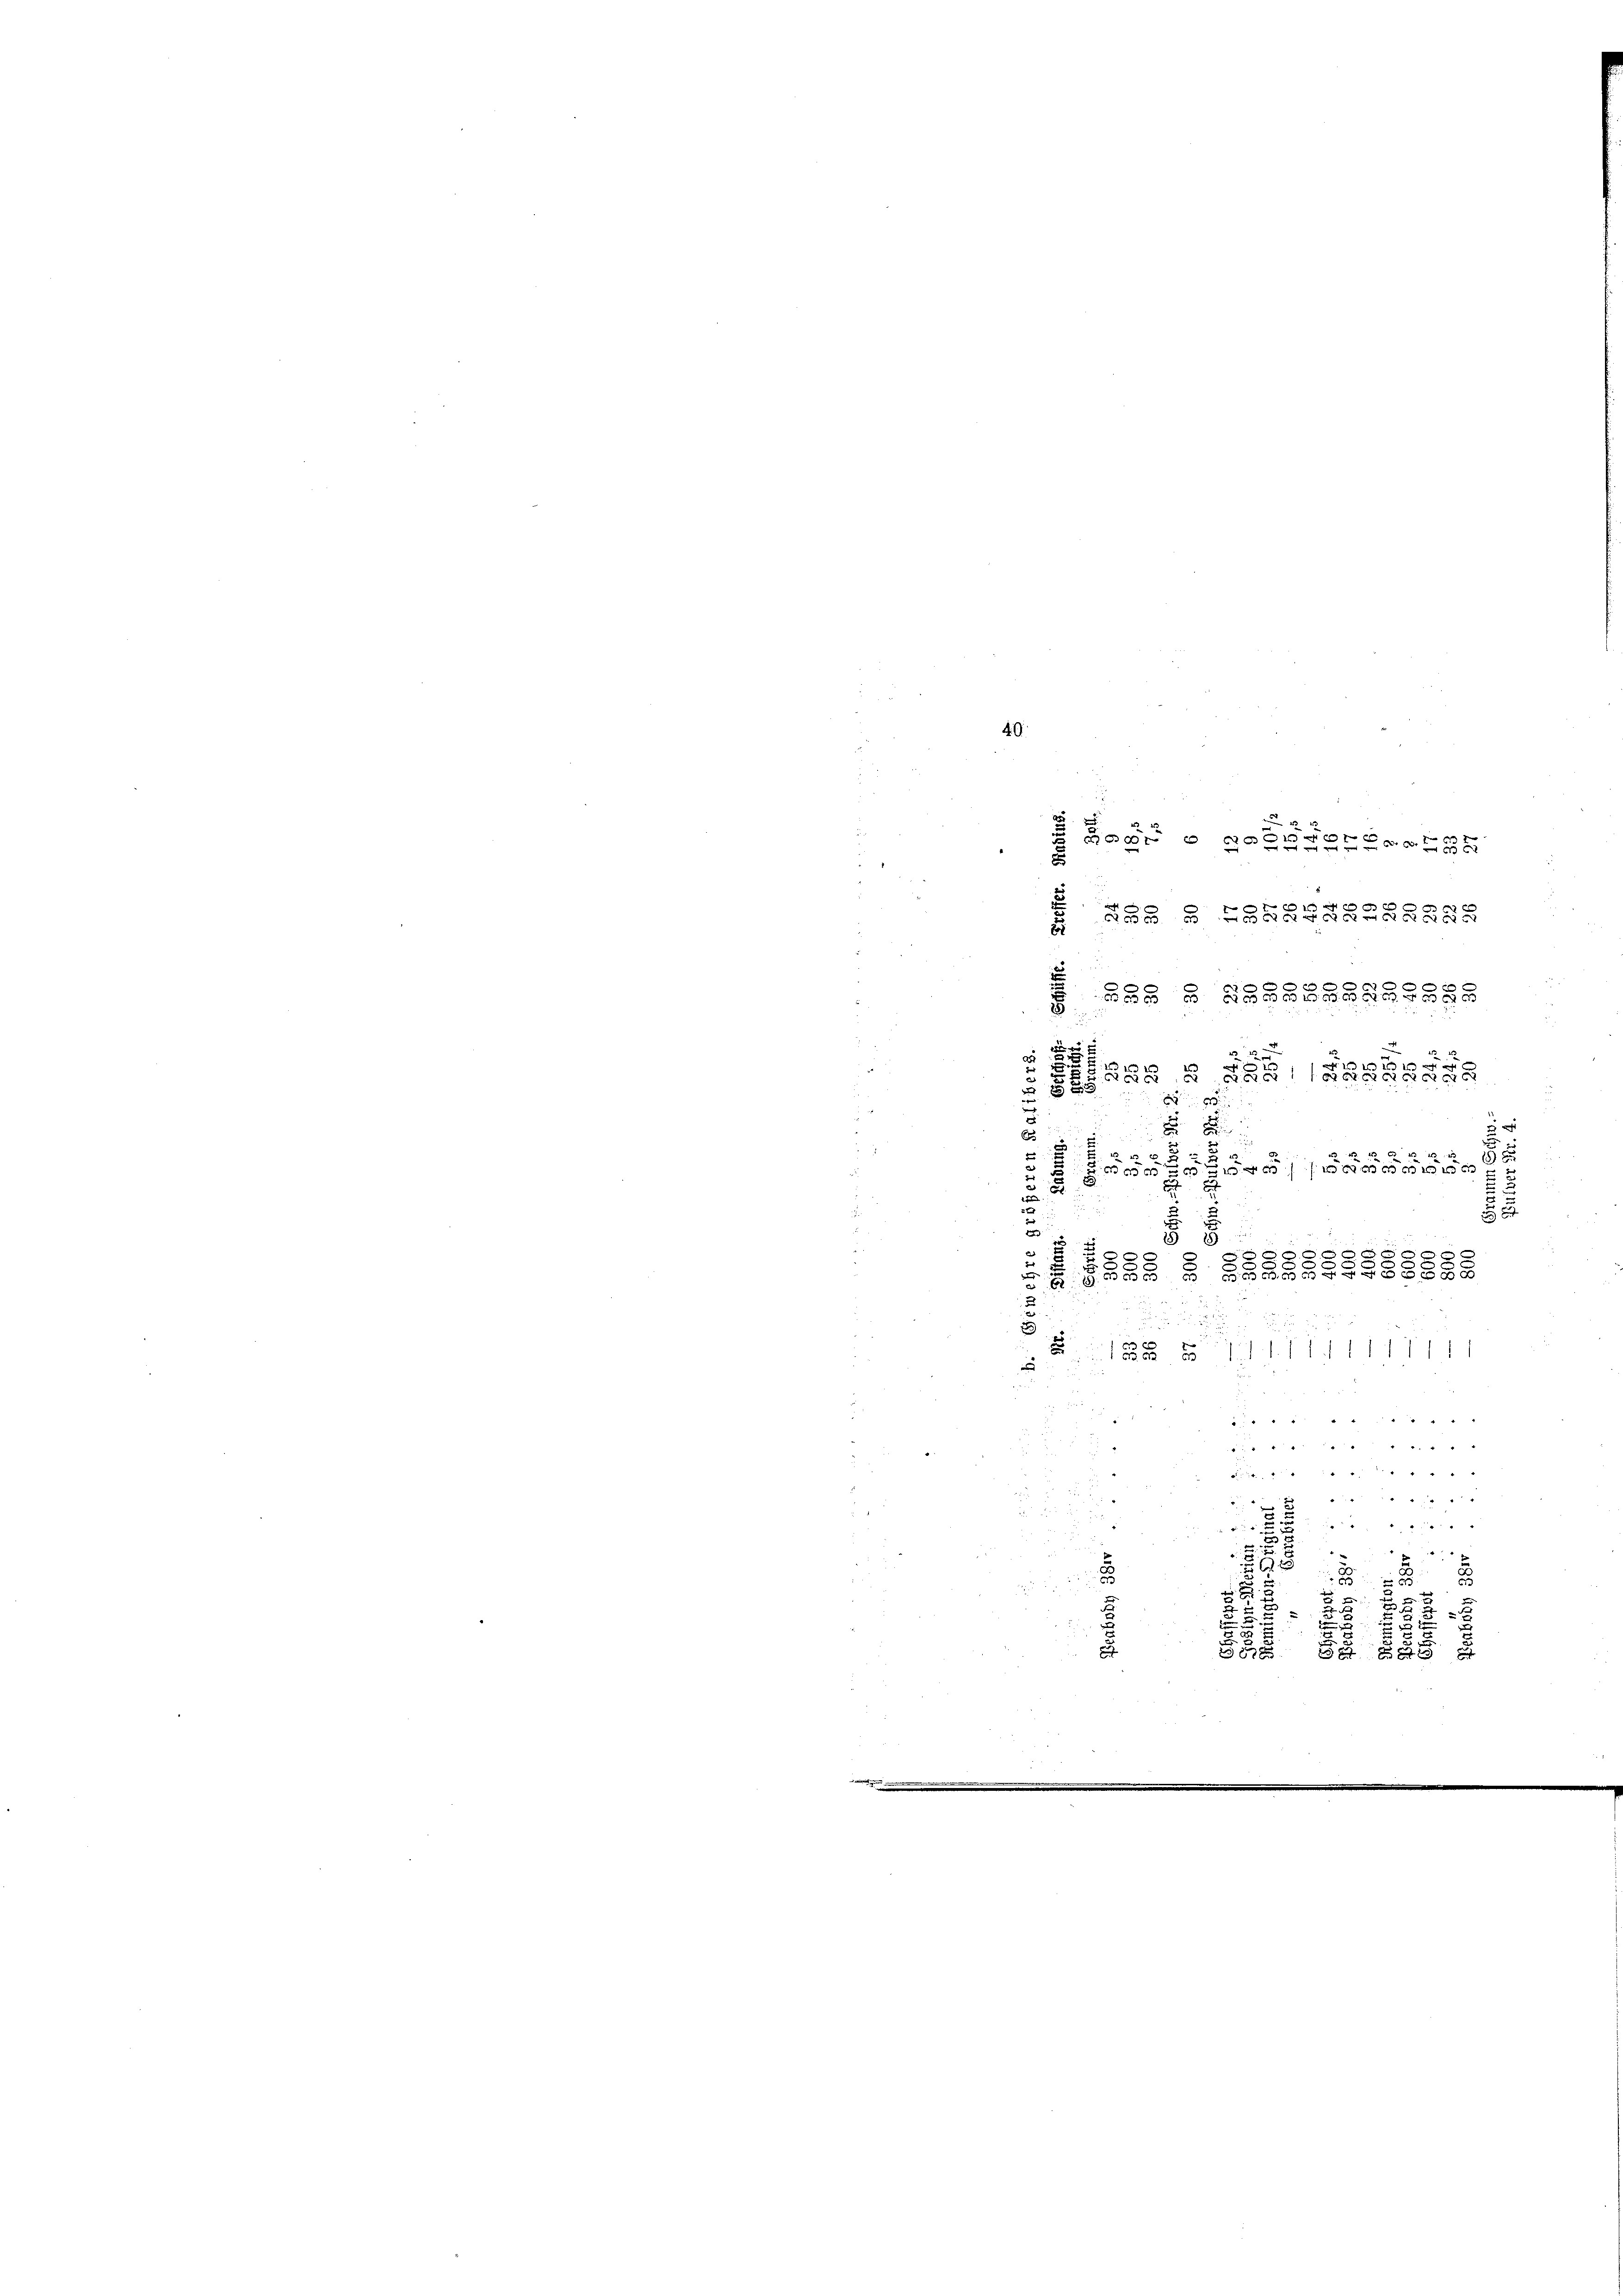
e

.

Fa
 Aver
d
 55 § 23BREGELGRRKL
.
BBG § §§§§§RGRASS8
1 x
a
2
h
2
1
55. Das a S. 19858888
2

E
2
5
e
 55 x
6
8
55
e
5

8
 80000
u

2
x
00
s
s
44
 44 f 5

 " 4
t
i
 5
2
d

 4
.
8
.
x
2
.
1
2
23
3
5
8
2
.
x
x

5
r
u
.